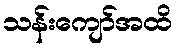
သန်းကျော်အထိ